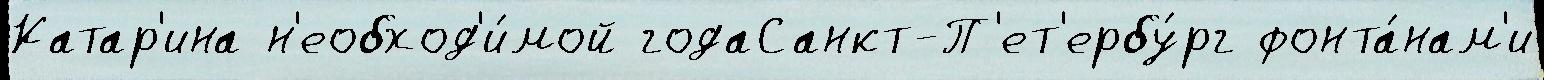
Катар'ина н'еобход'и́мой годаСанкт-П'ет'ербу́рг фонта́нам'и